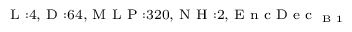
_ { \textrm { L } : 4 , \textrm { D } : 6 4 , \textrm { M L P } : 3 2 0 , \textrm { N H } : 2 , \textrm { E n c D e c } _ { \textrm { B } 1 } }